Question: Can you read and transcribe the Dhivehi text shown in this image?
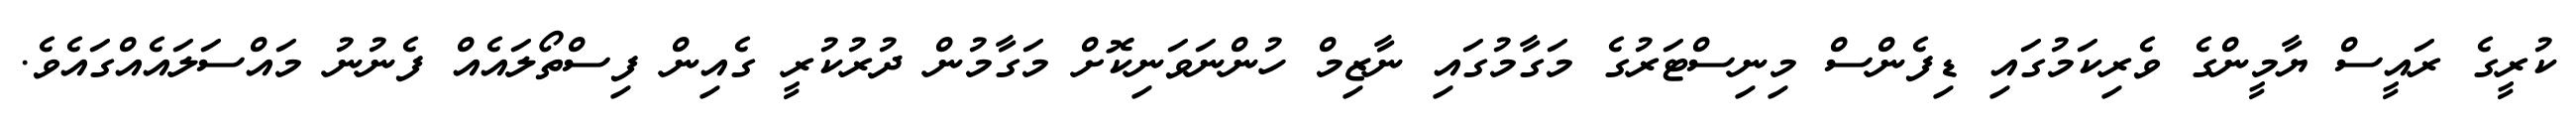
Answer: ކުރީގެ ރައީސް ޔާމީންގެ ވެރިކަމުގައި ޑިފެންސް މިނިސްޓަރުގެ މަގާމުގައި ނާޒިމް ހުންނަވަނިކޮށް މަގާމުން ދުރުކުރީ ގެއިން ފިސްތޯލައެއް ފެނުނު މައްސަލައެއްގައެވެ.